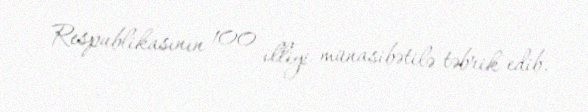
Respublikasının 100 illiyi münasibətilə təbrik edib.